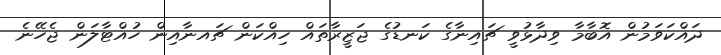
ދައްކަވަމުން އޮބާމާ ވިދާޅުވީ ޗައިނާގެ ކަނޑުގެ ޖަޒީރާތައް ހިއްކަން ޗައނާއިން ހުއްޓާލަން ޖެހޭނެ